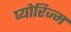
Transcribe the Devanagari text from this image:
प्योरिज्म